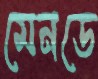
মেনডে